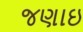
જણાઇ